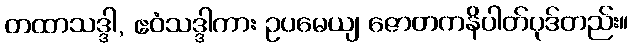
တထာသဒ္ဒါ, ဧဝံသဒ္ဒါကား ဥပမေယျ ဇောတကနိပါတ်ပုဒ်တည်း။